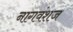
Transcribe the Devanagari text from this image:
नागवंशज